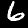
Digit: 6